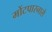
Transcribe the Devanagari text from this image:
मोंटपारनासे